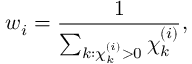
w _ { i } = \frac { 1 } { \sum _ { k : \chi _ { k } ^ { ( i ) } > 0 } \chi _ { k } ^ { ( i ) } } ,